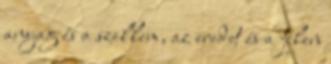
anyag és a szellem, az eredet és a jelen